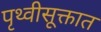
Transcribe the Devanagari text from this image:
पृथ्वीसूक्तात